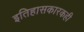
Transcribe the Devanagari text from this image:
इतिहासकारकही